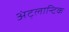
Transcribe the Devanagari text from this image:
अंट्लान्टिक